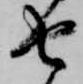
由